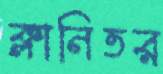
ক্লানিতর